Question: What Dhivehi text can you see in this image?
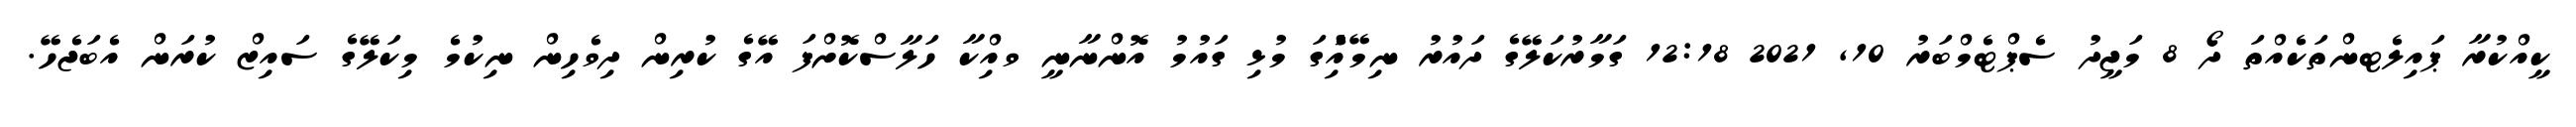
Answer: ކީއްކުރާ ޕައިލެޓންތަކެއްތަ ދޯ 8 މަޖީދު ސެޕްޓެމްބަރު 10, 2021 12:18 ގަމާރުކަލޭގެ ދައުރު ނިމޭއިެުގަ މުޅި ގައުމު އޮންނާނީ ވއިްކާ ހަލާސްކޮށްފަ އޭގެ ކުރިން ދިވެހިން ނިކުމެ މިކަލޭގެ ސައިޒް ކުރަން އެބަޖެހޭ.